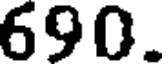
690.